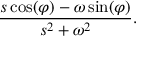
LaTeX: { \frac { s \cos ( \varphi ) - \omega \sin ( \varphi ) } { s ^ { 2 } + \omega ^ { 2 } } } .